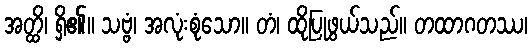
အတ္ထိ၊ ရှိ၏။ သဗ္ဗံ၊ အလုံးစုံသော။ တံ၊ ထိုပြုဖွယ်သည်။ တထာဂတဿ၊